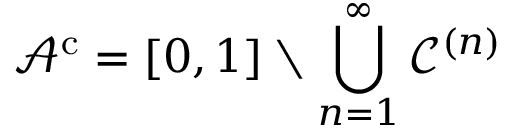
{ \mathcal { A } } ^ { \mathrm { c } } = [ 0 , 1 ] \setminus \bigcup _ { n = 1 } ^ { \infty } { \mathcal { C } } ^ { ( n ) }